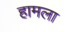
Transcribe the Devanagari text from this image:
हामला